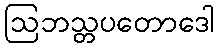
ဩဘသ္တပတောဒေါ